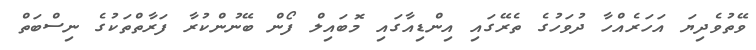
ވޭތުވެދިޔަ އަހަރެއްހާ ދުވަހުގެ ތެރޭގައި އިންޑިއާގައި މޮބައިލް ފޯން ބޭނުންކުރާ ފަރާތްތަކުގެ ނިސްބަތް